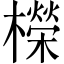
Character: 𣞁